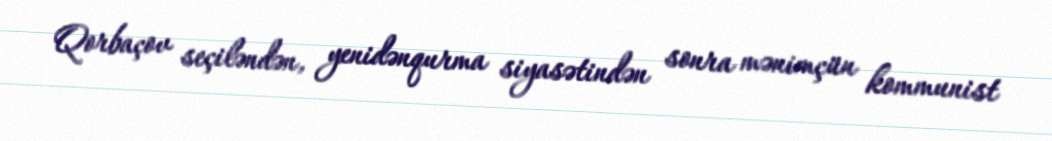
Qorbaçov seçiləndən, yenidənqurma siyasətindən sonra mənimçün kommunist